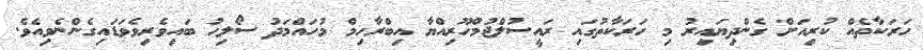
ހަރަކާތެއް ކުރިއަށް ގެންދިޔައިރު މި ހަރަކާތުގައި ރައީސުލްޖުމްހޫރިއްޔާ އިބްރާހިމް މުހައްމަދު ސޯލިހު ބައިވެރިވެވަޑައިގެންނެވިއެވެ.